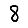
Digit: 8